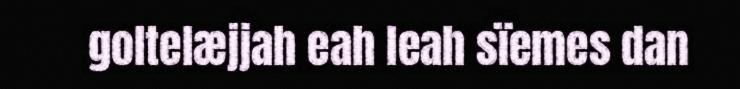
goltelæjjah eah leah sïemes dan